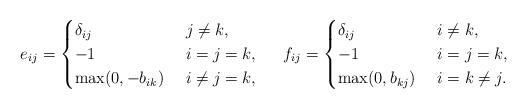
LaTeX: \begin{align*}e_{ij}=\begin{cases}\delta_{ij} & \ j\neq k,\\-1 & \ i=j=k,\\\max(0,-b_{ik}) & \ i\neq j=k,\end{cases} & & f_{ij}=\begin{cases}\delta_{ij} & \ i\neq k,\\-1 & \ i=j=k,\\\max(0,b_{kj}) & \ i=k\neq j.\end{cases}\end{align*}